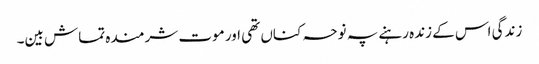
زندگی اس کے زندہ رہنے پہ نوحہ کناں تھی اور موت شرمندہ تماش بین۔